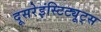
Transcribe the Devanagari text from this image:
दूसरेइंस्टिट्यूट्स